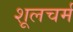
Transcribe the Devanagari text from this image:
शूलचर्म